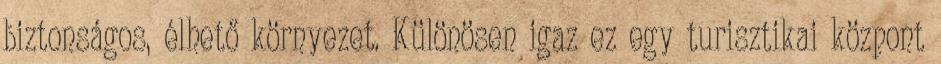
biztonságos, élhető környezet. Különösen igaz ez egy turisztikai központ